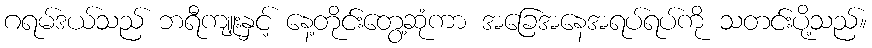
ဂရမ်ဒယ်သည် ဘရီကျူးနှင့် နေ့တိုင်းတွေ့ဆုံကာ အခြေအနေအရပ်ရပ်ကို သတင်းပို့သည်။